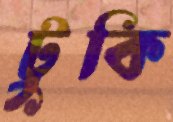
টুকি